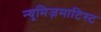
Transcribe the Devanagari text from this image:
न्यूमिज़माटिस्ट